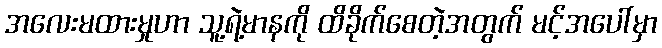
အလေးမထားမှုဟာ သူ့ရဲ့မာနကို ထိခိုက်စေတဲ့အတွက် မင့်အပေါ်မှာ